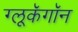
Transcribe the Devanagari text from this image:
ग्लूकॅगॉन